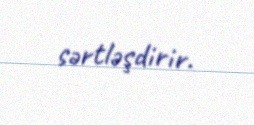
sərtləşdirir.